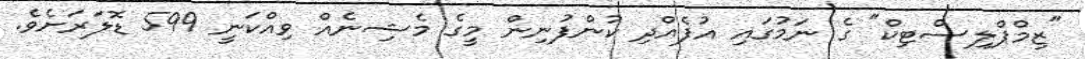
"ޒިމްޕްލިސްޓިކް" ގެ ނަމުގައި އުފެއްދި ކުންފުނިން މީގެ މެޝިނެއް ވިއްކަނީ 599 ޑޮލަރަށެވެ.